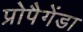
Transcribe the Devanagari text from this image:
प्रोपैगेंडा